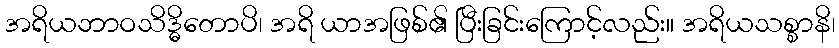
အရိယဘာဝသိဒ္ဓိတောပိ၊ အရိ ယာအဖြစ်၏ ပြီးခြင်းကြောင့်လည်း။ အရိယသစ္စာနိ၊